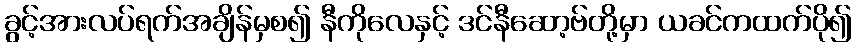
ခွင့်အားလပ်ရက်အချိန်မှစ၍ နီကိုလေနှင့် ဒင်နီဆော့ဗ်တို့မှာ ယခင်ကထက်ပို၍